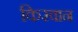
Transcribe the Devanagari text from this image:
किरवान